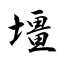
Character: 壃